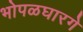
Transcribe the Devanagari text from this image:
भोपळघारगे